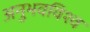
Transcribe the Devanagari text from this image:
अनुभवविश्‍व